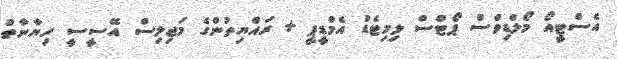
އެސްޓީއޯ މޯލްޑިވްސް ޕޯޓްސް ލިމިޓެޑް އެމްޑީޕީ + ރައްޔިތުންގެ މަޖިލިސް އޭސީސީ ހިޔާނާތް